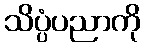
သိပ္ပံပညာကို